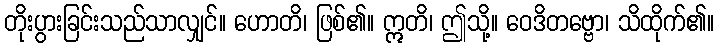
တိုးပွားခြင်းသည်သာလျှင်။ ဟောတိ၊ ဖြစ်၏။ ဣတိ၊ ဤသို့။ ဝေဒိတဗ္ဗော၊ သိထိုက်၏။